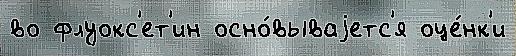
во флуокс'ет'ин осно́вываjетс'я оце́нк'и